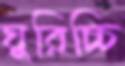
ঘুরিচ্চি